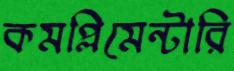
কমপ্লিমেন্টারি